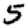
Digit: 5